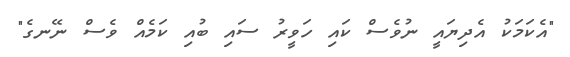
"އެކަމަކު އެދިޔައީ ނުވެސް ކައި ހަވީރު ސައި ބުއި ކަމެއް ވެސް ނޭނގެ"